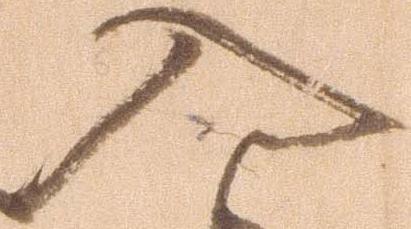
入